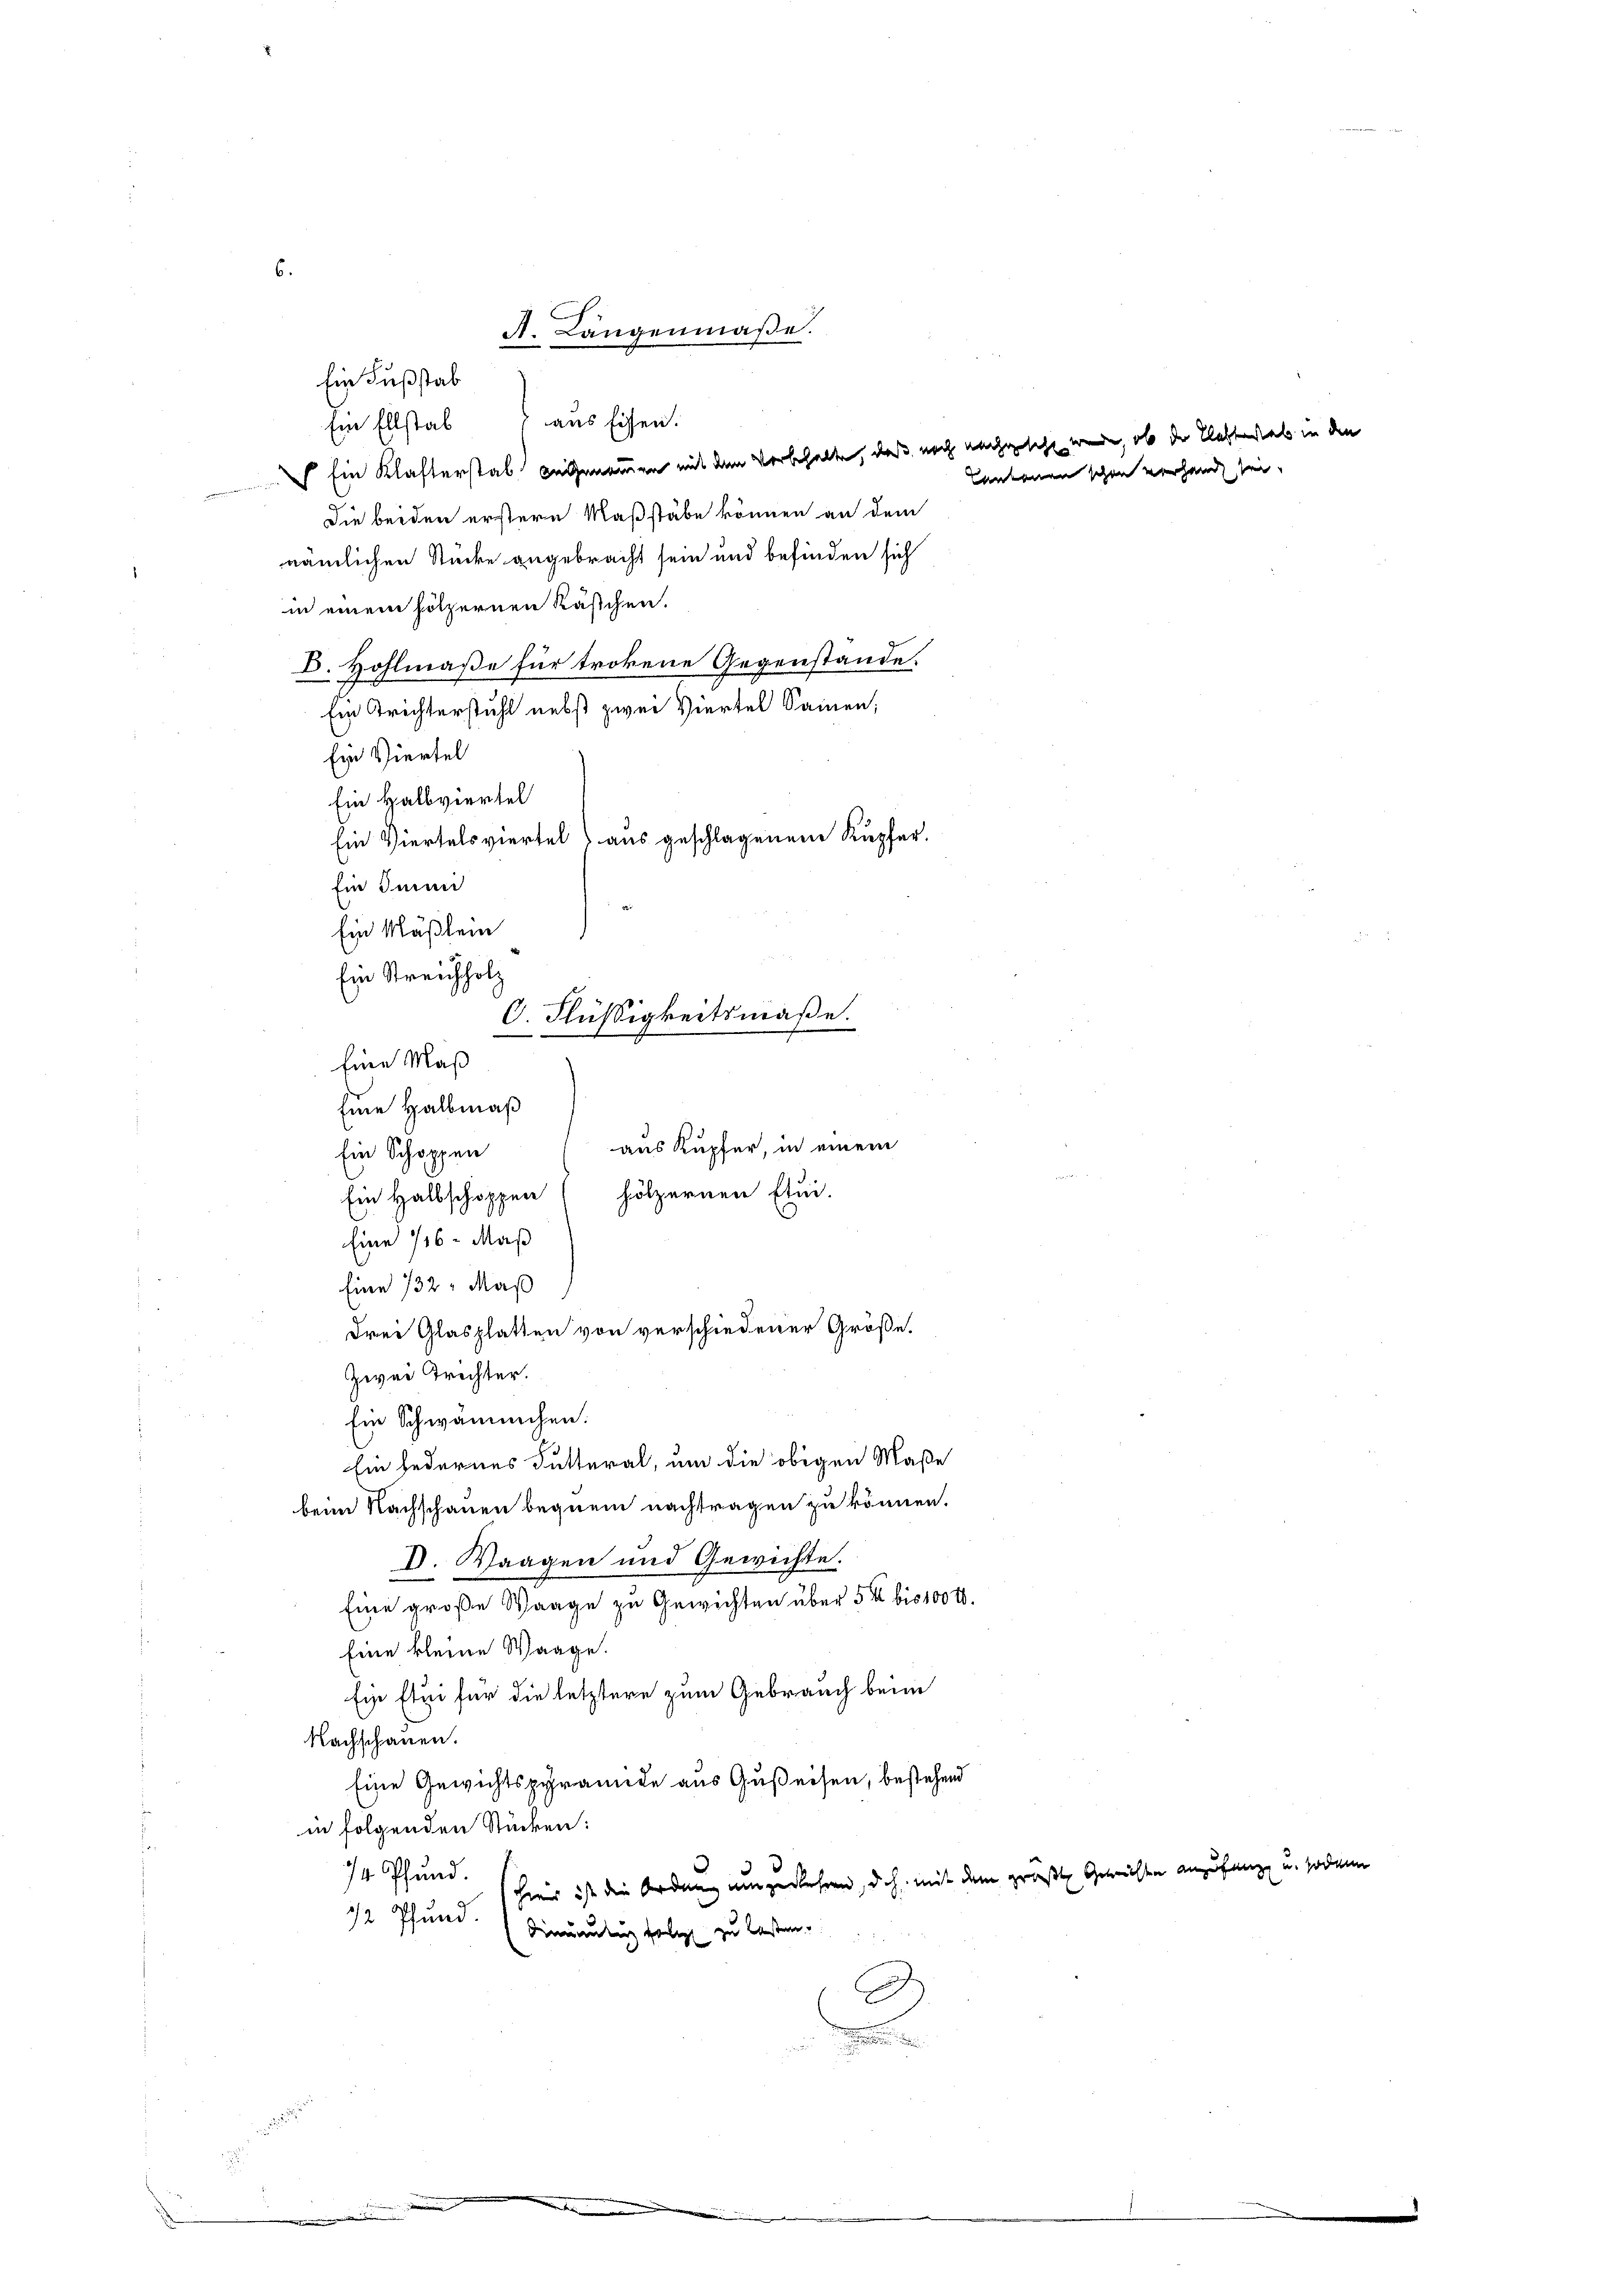
6.

A. Längenmaβe.

Ein Fußstab
Ein Ellstab aus Eisen.
Ein Klafterstab angenommen mit dem Vorbehalten, daß noch nachgesehe werde, ob der E
Die beiden erstern Maßstäbe können an dem
nämlichen Stücke angebracht sein und befinden sich
in einem hölzernen Kästchen.
D. Hohlmaße für trokene Gegenstände.
Ein Trichterstuhl nebst zwei Viertel Sammen,
Ein Viertel
Ein Halbviertel
aus Kupfer, in einem
Ein Schöppen
Ein Halbschoppen hölzernen Etui-
Eine 16 Maß
.
Eine 132: Maß
.
drei Glasplatten von verschiedener Größe.
d
Zwei Trichter.
Ein Schwämmchen.
Ein jedernes Futteral, um die obigen Maße
beim Nachschauen bequem nachtragen zu können.
V. Waagen und Gewichte.
Eine große Waage zu Gewichten über 5 ½ bis 100 r.
t
Eine kleine Waage.
Ein frei für die letztere zum Gebrauch beim
Nachschauen.
Eine Gewichtspyramide aus Gußeisen, bestehend
in folgenden Stücken:
74 Pfund.
hier ist die Ordnung umgekehren, doch mit dem größte Gerichte
12 Pfund.
Dinumutung folgt zu lassen.
.

Ein Viertels viertel aus geschlagenen Kupfer.
Ein den
Ein Mäßlein
Ein Streichholz
C. Flüßigkeitsmaße.

Eine Maß
Eine Halbmaß

Cantonen schon vorhang sei.

eftat in den